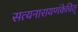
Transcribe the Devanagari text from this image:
सत्यनारायणंकेचित्